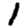
Digit: 1